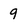
Character: 9